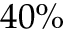
4 0 \%